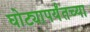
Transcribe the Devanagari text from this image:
घोट्यापर्यंतच्या